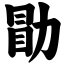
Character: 勖